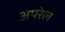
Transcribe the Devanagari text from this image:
अपरेल